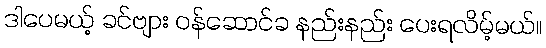
ဒါပေမယ့် ခင်ဗျား ဝန်ဆောင်ခ နည်းနည်း ပေးရလိမ့်မယ်။